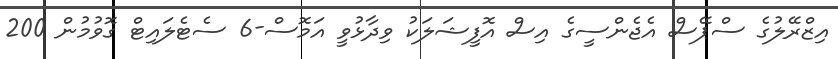
އިޒްރޭލުގެ ސްޕޭސް އެޖެންސީގެ އިސް އޮފީޝަލަކު ވިދާޅުވީ އަމޮސް-6 ސެޓެލައިޓް ގޮވުމުން 200